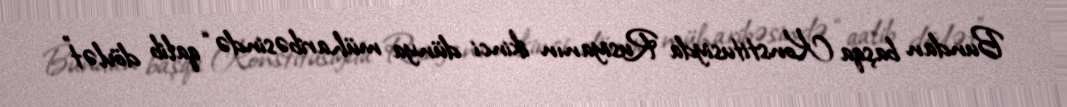
Bundan başqa Konstitusiyda Rusiyanın ikinci dünya müharibəsində “qalib dövlət”